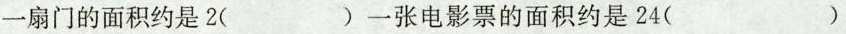
一扇门的面积约是2( )一张电影票的面积约是24( )